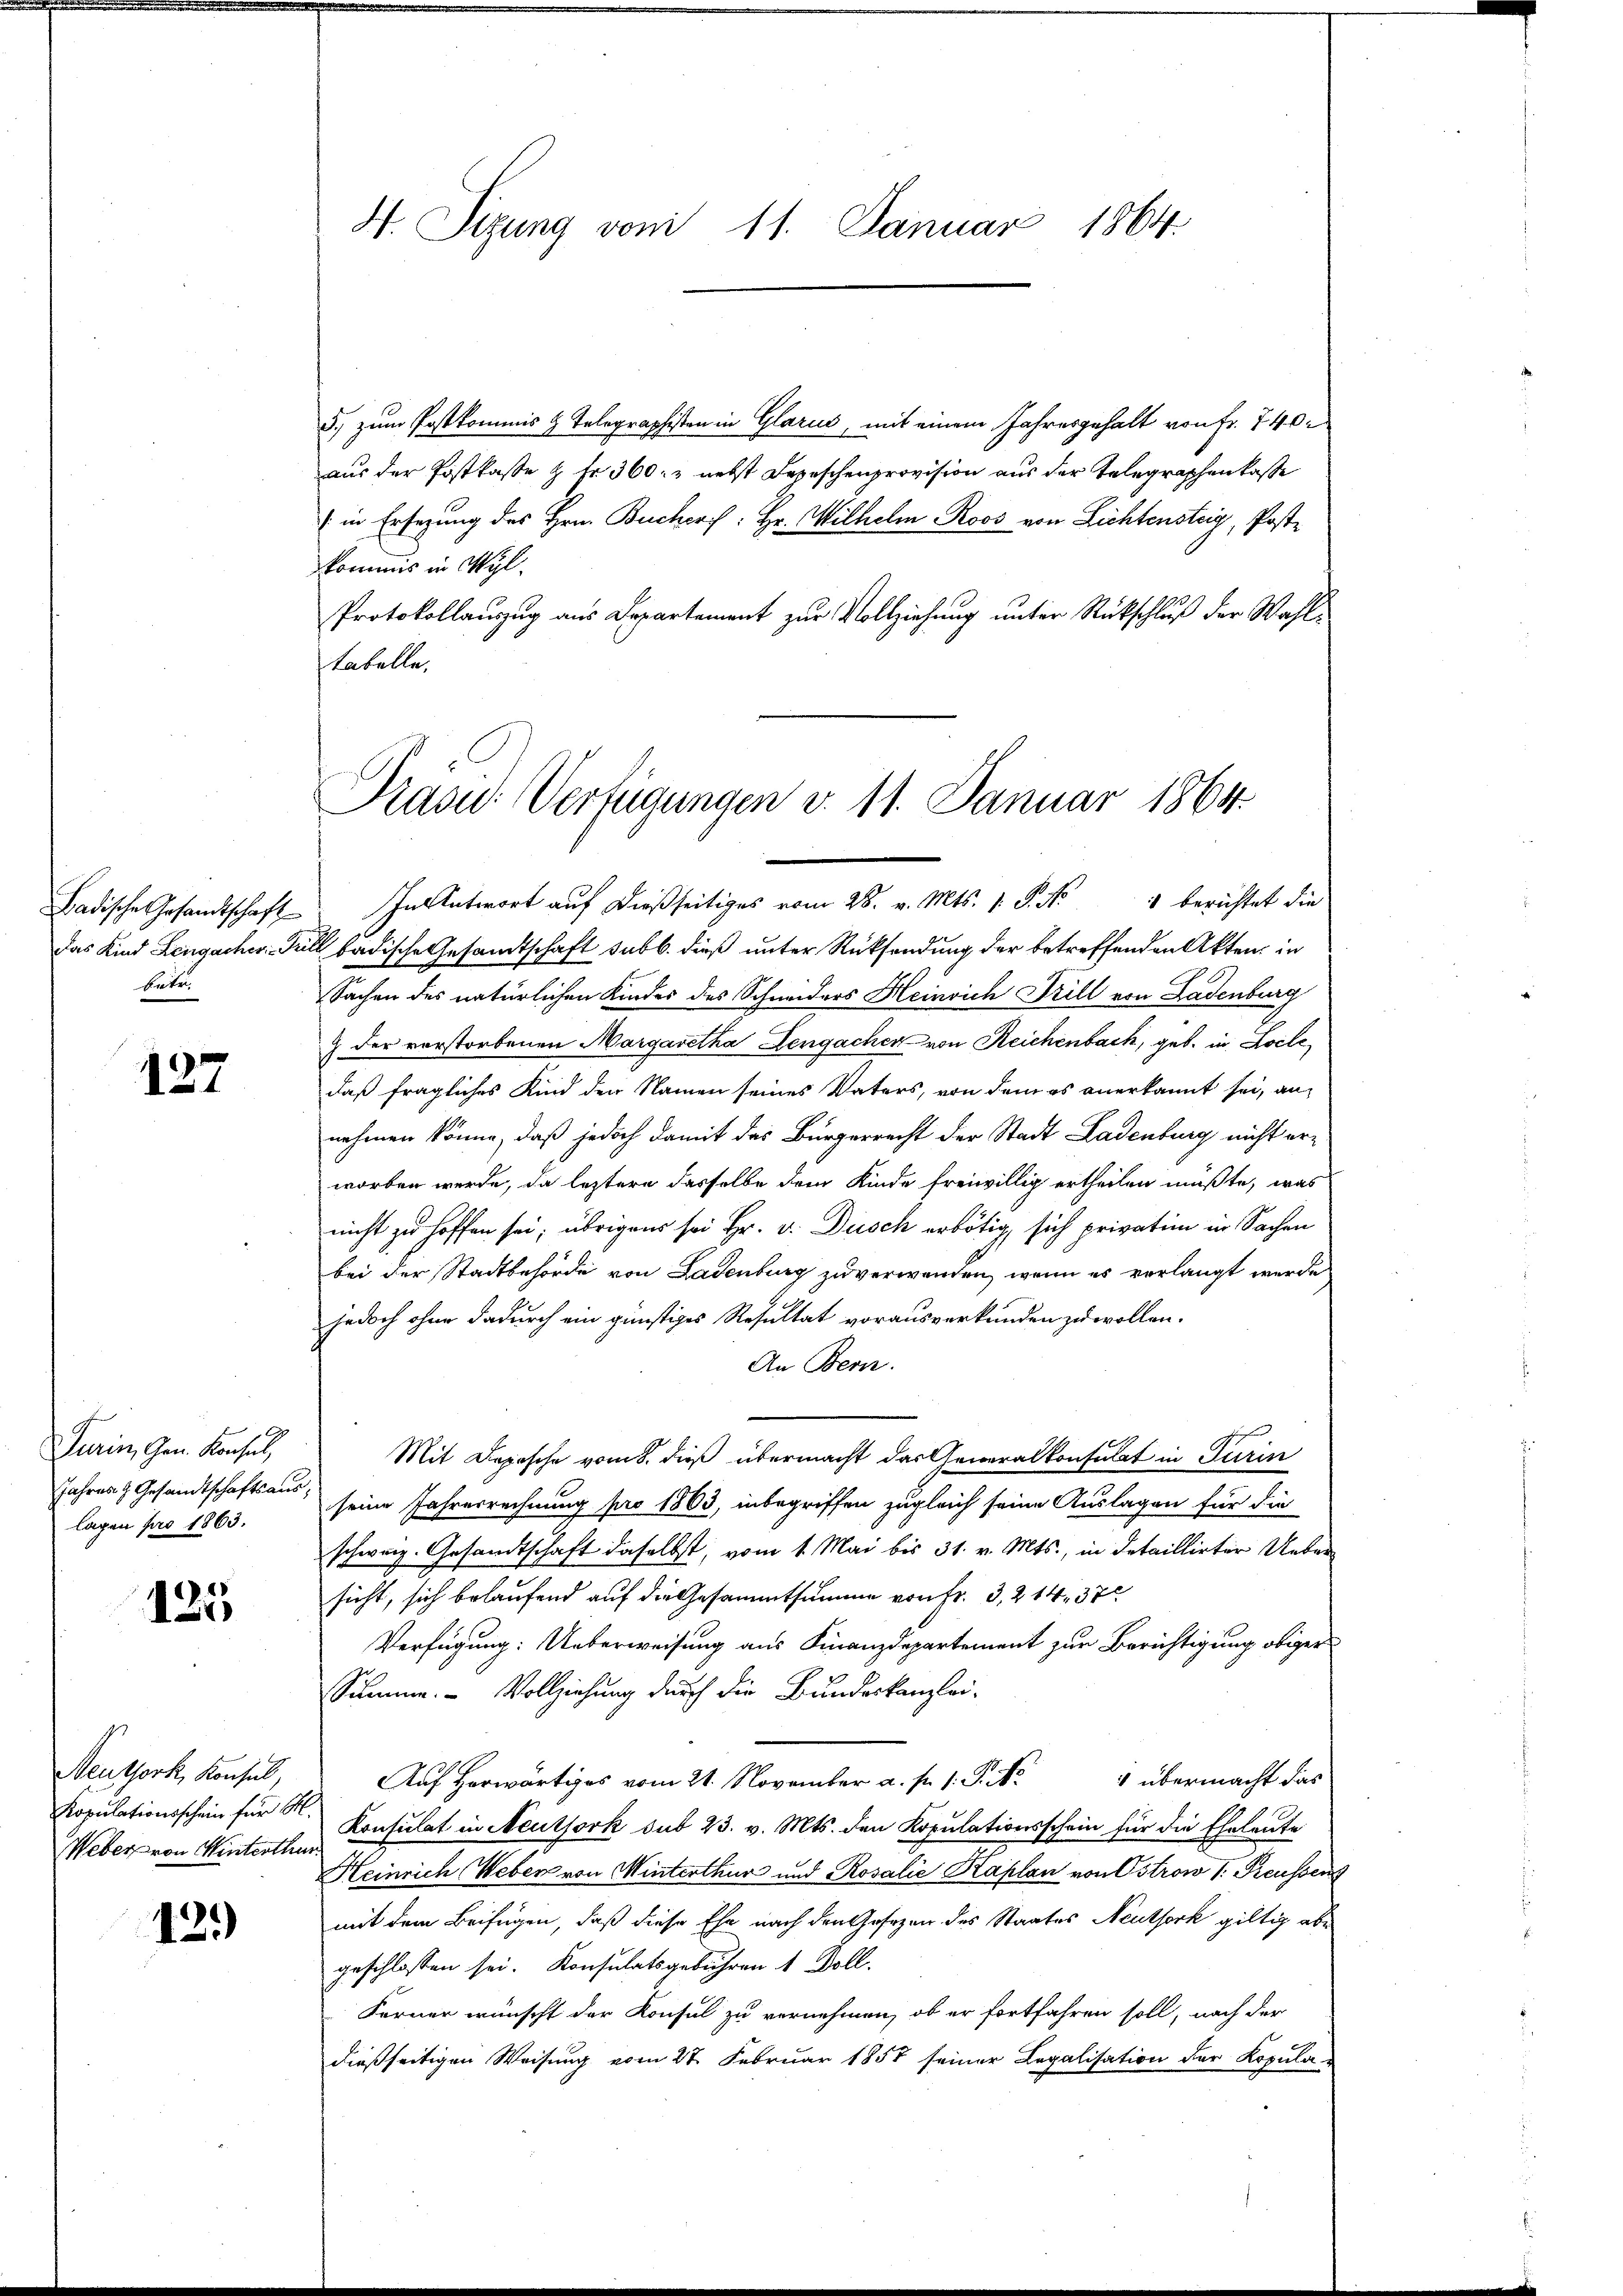
buten.

137

Turin, Gen. Konsul,
Jahres z. Gesandtschaftsaus
lagen pro 1863.

125

Neuthork, Konsul,
Kopulationsschein für M.
Weber von Winterthur.

12.)

H. Sizung vom 11. Januar 1864.

5., zum Postkommis & Telegraphisten in Glarus, mit einem Jahresgehalt von Fr. 740.
aus der Postkasse & Fr. 360. & nebst Depeschenprovision aus der Telegraphenkasse
(in Ersezung des Hrn. Buchers: Hr. Wilhelm Roos von Lichtensteig, Postkommis in Wyl.
Protokollauszug aus Departement zur Vollziehung unter Rückschluß der Wahl¬
Labelle,
Badische Gesandtschaft. In Antwort auf dießseitiges vom 28. v. Mts. 1. P. Nr. 1 berichtet die
Das Kind Lengacher Fell badische Gesandtschaft sub b. dieß unter Rücksendung der betreffenden Akten, in
Sachen des natürlichen Kindes des Schneiders Heinrich Trill von Ladenburg
& der verstorbenen Margaretha Lengachen von Reichenbach, geb. in Locle
daß fragliches Kind der Namen seines Vaters, von dem es anerkannt sei, annehmen könne, daß jedoch damit das Bürgerrecht der Stadt Ladenburg nicht erworben werde, da leztere dasselbe dem Kinde freiwillig ertheilen müßte, was
nicht zu hoffen sei; übrigens sei Hr. v. Dusch erbötig sich privatim in Sachen
bei der Stadtbehörde von Ladenburg zu verwanden, wenn es verlangt werde
jedoch ohne dadurch ein günstiges Resultat vorausverkunden zu wollen.
An Bern.
Mit Depesche vom 8. dieß übermacht das Generalkonsulat in Turin
seine Jahresrechnung pro 1863, inbegriffen zugleich seine Auslagen für die
schweiz. Gesandtschaft daselbst, vom 1. Mai bis 31. v. Mts., in detaillirter Uebersicht, sich belaufend auf die Gesammtsumme von Fr. 3, 244, 37
Verfügung: Ueberweisung aus Finanzdepartement zur Berichtigung obiger
Summe. Vollziehung durch die Bundeskanzlei-
 übermacht das
Auf herwärtiges vom 21. November a. p. 1. P. Nr.
Konsulat in Neuthork sub 23. v. Mts. den Kopulationsschein für die Eheleute
Heinrich Weber von Winterthur und Rosalie Kaplan von Ostrow I. Preussens
mit dem Beifügen, daß diese Ehe nach den Gesezen des Staates Neuthork giltig abe
geschlossen sei. Konsulatsgebühren 1 Voll-
Ferner wünscht der Konsul zu vernehmen, ob er fortfahren soll, nach der
dießseitigen Weisung vom 28. Februar 1858 seiner Legalisation der Kopula¬

Präsid. Verfügungen v. 11. Januar 1864.